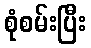
စုံစမ်းပြီး